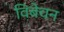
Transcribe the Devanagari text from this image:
विबेचन